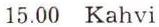
15.00 Kahvi